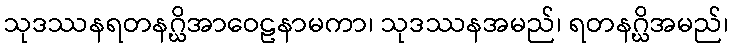
သုဒဿနရတနဂ္ဃိအာဝေဠနာမကာ၊ သုဒဿနအမည်၊ ရတနဂ္ဃိအမည်၊